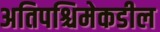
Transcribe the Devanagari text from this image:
अतिपश्चिमेकडील